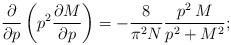
LaTeX: \begin{align*} \frac{\partial}{\partial p} \left( p^2 \frac{\partial M}{\partial p}\right) = -\frac{8}{\pi^2 N} \frac{p^2 \, M}{p^2+M^2};\end{align*}